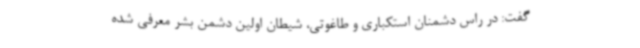
گفت: در راس دشمنان استکباری و طاغوتی، شیطان اولین دشمن بشر معرفی شده